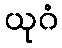
ယုဂံ